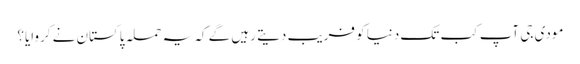
مودی جی آپ کب تک دنیا کو فریب دیتے رہیں گے کہ یہ حملہ پاکستان نے کروایا؟